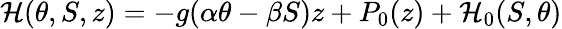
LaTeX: {\cal H}(\theta,S,z)=-g(\alpha\theta-\beta S)z+P_{0}(z)+{\cal H}_{0}(S,\theta)